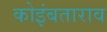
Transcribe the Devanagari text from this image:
कोइंबताराव